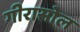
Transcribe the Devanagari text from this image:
गीरासोल